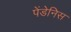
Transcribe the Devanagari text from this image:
पेंडेनिस